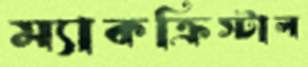
ম্যাকক্রিস্টাল